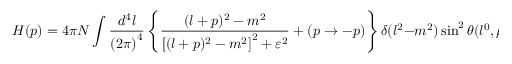
H ( p ) = 4 \pi N \int \frac { d ^ { 4 } l } { { ( 2 \pi ) } ^ { 4 } } \left\{ \frac { ( l + p ) ^ { 2 } - m ^ { 2 } } { { [ ( l + p ) ^ { 2 } - m ^ { 2 } ] } ^ { 2 } + \varepsilon ^ { 2 } } + ( p \to - p ) \right\} \delta ( l ^ { 2 } - m ^ { 2 } ) \sin ^ { 2 } \theta ( l ^ { 0 } , \mu )